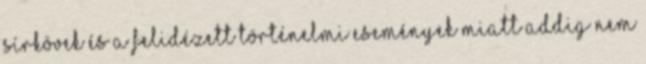
sírkövek és a felidézett történelmi események miatt addig nem